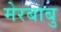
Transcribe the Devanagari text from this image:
मेरबाबु